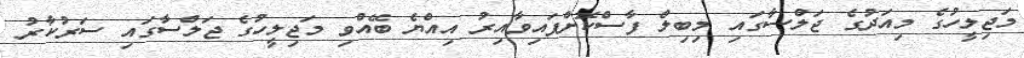
މަޖިލީހުގެ މިއަދުގެ ޖަލްސާގައި މިބިލް ފާސްކޮށްފައިވާއިރު އިއްޔެ ބޭއްވި މަޖިލީހުގެ ޖަލްސާގައި ސަރުކާރު